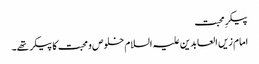
پیکرِ محبت
امام زیں العابدین علیہ السلام خلوص و محبت کا پیکر تھے۔